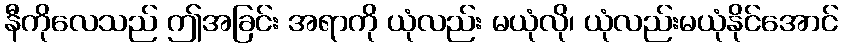
နီကိုလေသည် ဤအခြင်း အရာကို ယုံလည်း မယုံလို၊ ယုံလည်းမယုံနိုင်အောင်